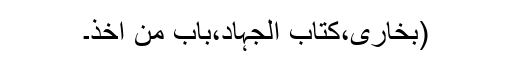
(بخاری،کتاب الجہاد،باب من اخذ۔